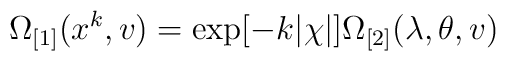
\Omega _{\lbrack 1]} ( x^{k},v ) =\exp [-k|\chi |]\Omega _{\lbrack2]} ( \lambda ,\theta ,v )